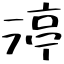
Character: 渟